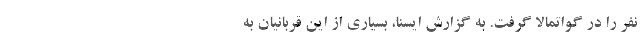
نفر را در گواتمالا گرفت. به گزارش ایسنا، بسیاری از این قربانیان به